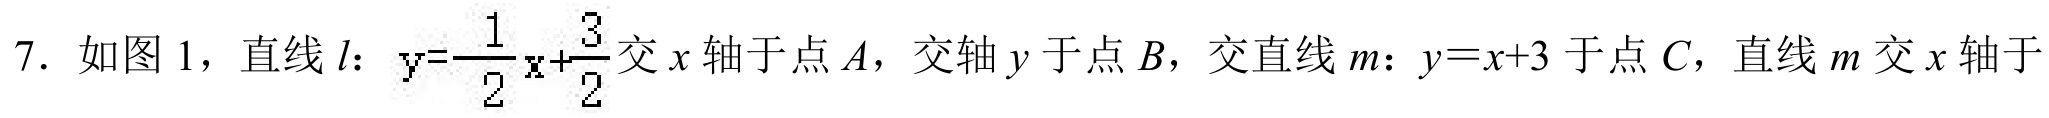
7. 如图1，直线\(l\)：\(y = \frac{1}{2}x+\frac{3}{2}\)交\(x\)轴于点\(A\)，交轴\(y\)于点\(B\)，交直线\(m\)：\(y = x + 3\)于点\(C\)，直线\(m\)交\(x\)轴于